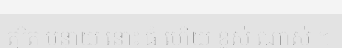
ត្បិត បន្ទាយ នោះ ធំ ហើយ ខ្ពស់ ណាស់ ។